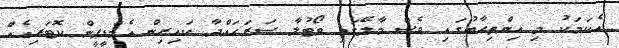
އެކަމަކު މި އިންތިހާބުގައި ވެސް މާލޭގައި ވޯޓުލާ ސަރަހައްދާ ކައިރިން އެމްޑީޕީން ކޮޓަރިއެއް